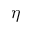
\boldsymbol { \eta }